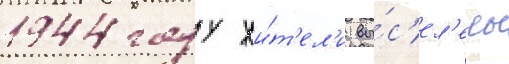
1944 году жи́т'ел'и вы́с'ел'ены